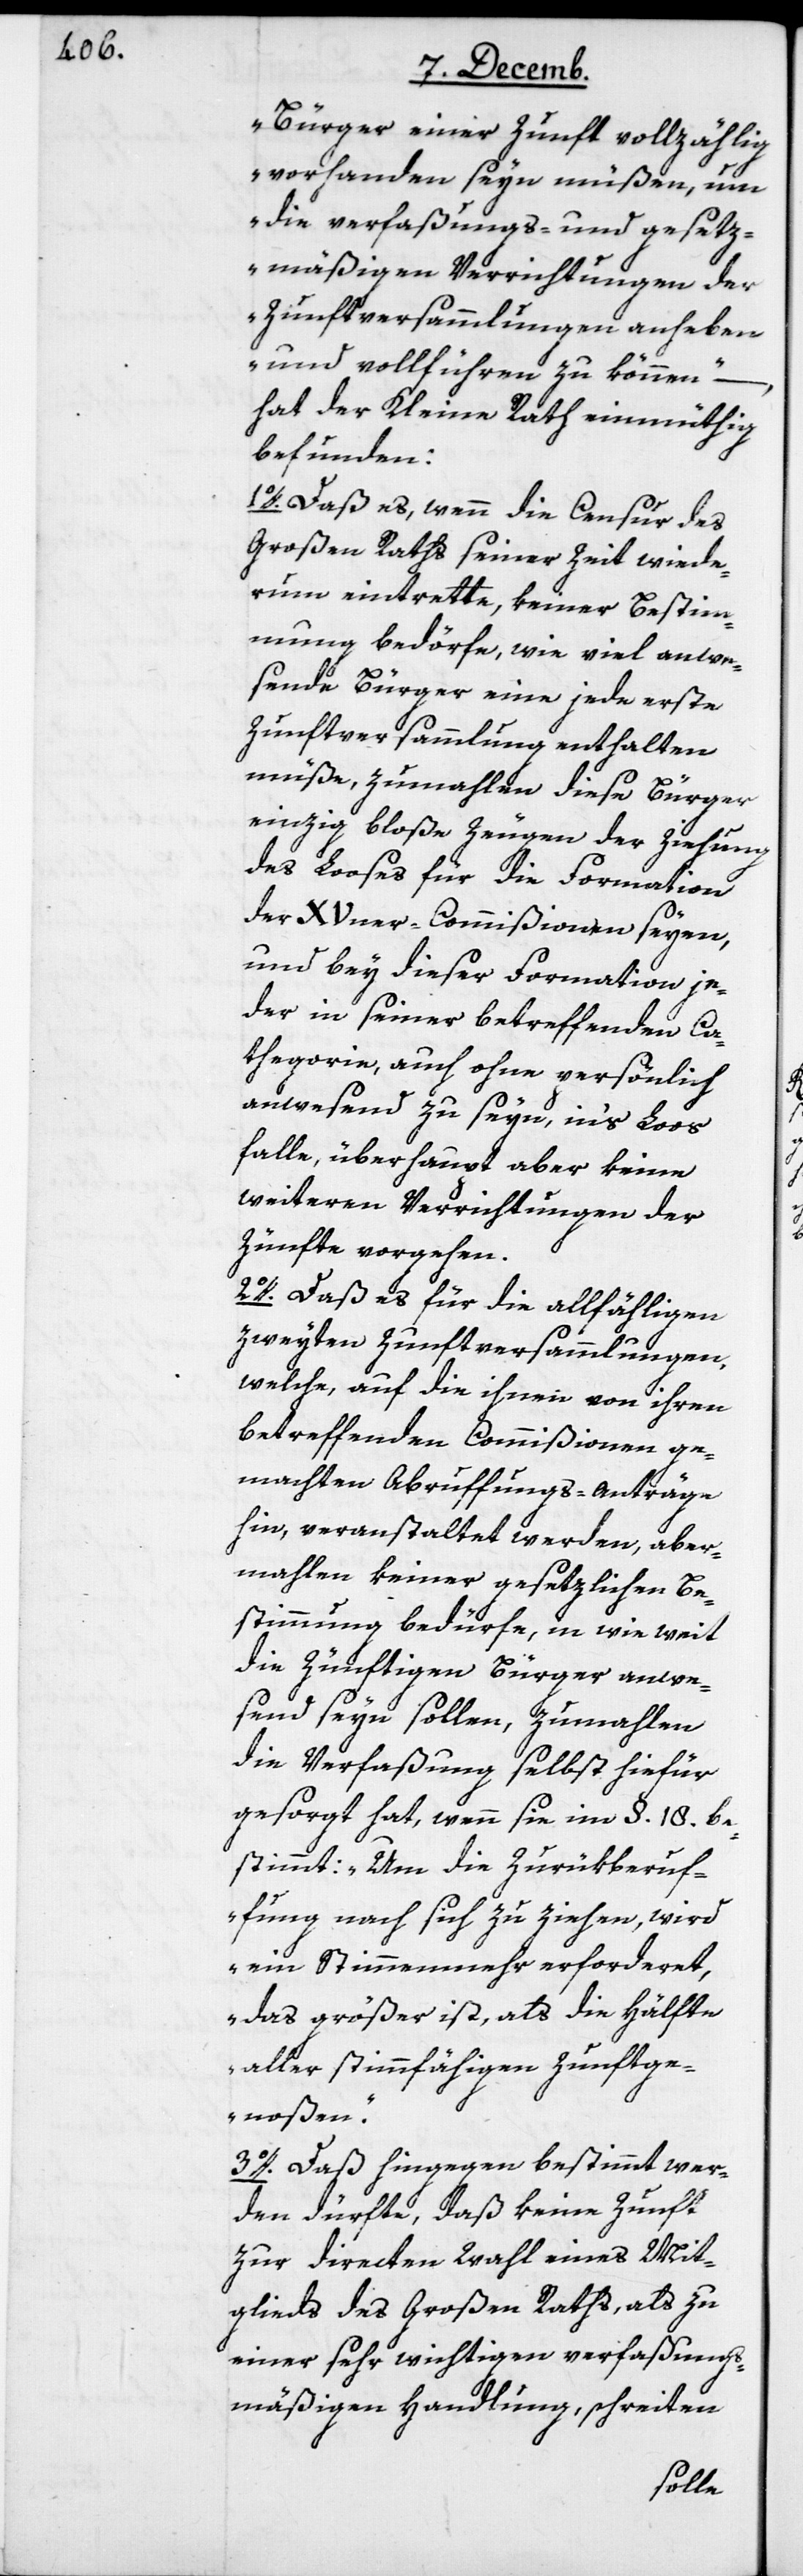
Bürger einer Zunft vollzählig
vorhanden seyn müßen, um
die verfaßungs- und gesetz¬
mäßigen Verrichtungen der
Zunftversammlungen anheben
und vollführen zu können“ –
hat der Kleine Rath einmüthig
befunden:
1o. Daß es, wenn die Censur des
Großen Raths seiner Zeit wiede¬
rum eintrette, keiner Bestim¬
mung bedörfe, wie viel anwe¬
sende Bürger eine jede erste
Zunftversammlung enthalten
müße, zumahlen diese Bürger
einzig bloße Zeugen der Ziehung
des Looses für die Formation
der XVner-Commißionen seyen,
und bey dieser Formation je¬
der in seiner bestreffenden Ca¬
thegorie, auch ohne persönlich
anwesend zu seyn, in’s Loos
falle, überhaupt aber keine
weiteren Verrichtungen der
Zünfte vorgehen.
2o.Ddaß es für die allfähligen
zweyten Zunftversammlungen,
welche auf die ihnen von ihren
betreffenden Commißionen ge¬
machten Abruffungs-Anträge
hin, veranstaltet werden, aber¬
mahlen keiner gesetzlichen Be¬
stimmung bedürfe, in wie weit
die zünftigen Bürger anwe¬
send seyn sollen, zumahlen
die Verfaßung selbst hiefür
gesorgt hat, wenn sie im §. 18. be¬
stimmt: „Um die Zurükberuf¬
fung nach sich zu ziehen, wird
ein Stimmenmehr erforderet,
daß größer ist, als die Hälfte
aller stimmfähigen Zunftge¬
noßen“.
3o. Daß hingegen bestimmt wer¬
den dürfte, daß keine Zunft
zur directen Wahl eines Mit¬
gliedes des Großen Raths, als zu
einer sehr wichtigen verfaßungs¬
mäßigen Handlung, schreiten